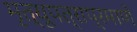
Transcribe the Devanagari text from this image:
मृत्यूपत्राप्रमाणे